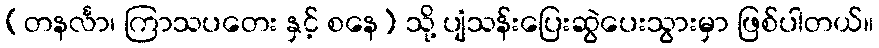
(တနင်္လာ၊ ကြာသပတေး နှင့် စနေ) သို့ ပျံသန်းပြေးဆွဲပေးသွားမှာ ဖြစ်ပါတယ်။